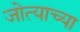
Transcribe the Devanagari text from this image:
जोत्याच्या